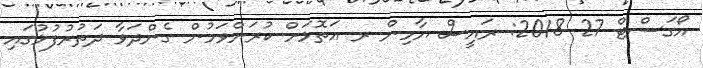
އޯގަސްޓް 27 2018: ރައީސް ޔާމިން ރ އަތޮޅަަށް ކުރަށްވަމުން ގެންދަވާ ދަތުރުފުޅުގައި